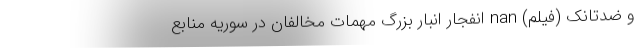
و ضدتانک (فیلم) nan انفجار انبار بزرگ مهمات مخالفان در سوریه منابع